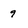
Character: 9